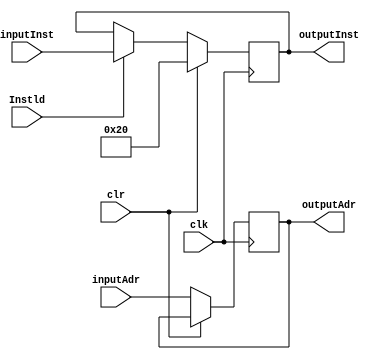
module superReg1(input [31:0]inputAdr,inputInst,input clk,Instld,clr,output reg [31:0]outputAdr,outputInst);
  always@(posedge clk) begin
    if(clr) outputInst <= 32'b00000000000000000000000000100000;
    else begin
      outputAdr <= inputAdr;
      if(Instld) outputInst <= inputInst; 
    end
  end
endmodule